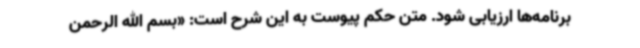
برنامه‌ها ارزیابی شود. متن حکم پیوست به این شرح است: «بسم الله الرحمن